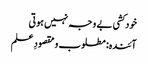
خودکشی بے وجہ نہیں ہوتی
آئندہ: مطلوب و مقصودِ علم